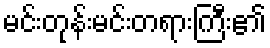
မင်းတုန်းမင်းတရားကြီး၏